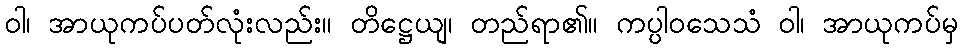
ဝါ၊ အာယုကပ်ပတ်လုံးလည်း။ တိဋ္ဌေယျ၊ တည်ရာ၏။ ကပ္ပါဝသေသံ ဝါ၊ အာယုကပ်မှ